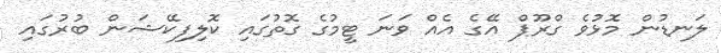
ލަނޑުން މޮޅުވެ ގްރޫޕް އޭގެ އެއް ވަނަ ޓީމުގެ ގޮތުގައި ކޮލިފިކޭޝަން ބުރުގައި